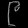
Digit: ၉